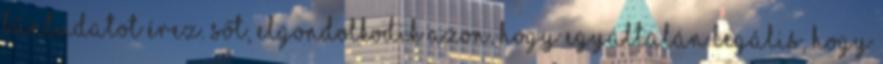
bűntudatot érez. Sőt, elgondolkodik azon, hogy egyáltalán legális, hogy